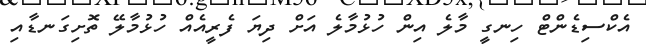
އެކްސިޑެންޓް ހިނގީ މާލެ އިން ހުޅުމާލެ އަށް ދިޔަ ފެރީއެއް ހުޅުމާލޭ ތޮށިގަނޑާއި